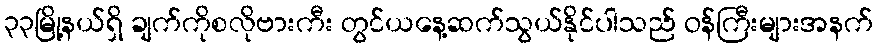
၃၃မြို့နယ်ရှိ ချက်ကိုစလိုဗားကီး တွင်ယနေ့ဆက်သွယ်နိုင်ပါသည် ဝန်ကြီးများအနက်